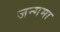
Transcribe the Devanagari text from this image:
जन्गमा